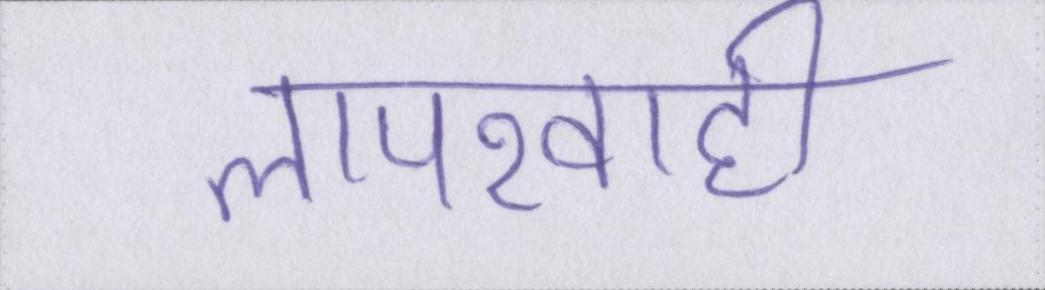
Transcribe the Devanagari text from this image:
लापरवाही